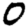
Digit: 0